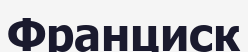
Франциск